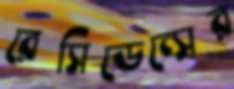
রেসিডেন্সের